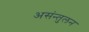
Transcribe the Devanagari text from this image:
असंन्तुलन